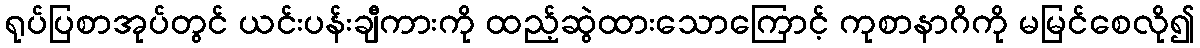
ရုပ်ပြစာအုပ်တွင် ယင်းပန်းချီကားကို ထည့်ဆွဲထားသောကြောင့် ကုစာနာဂိကို မမြင်စေလို၍